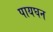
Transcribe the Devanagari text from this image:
पायघन